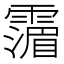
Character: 𩅹